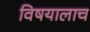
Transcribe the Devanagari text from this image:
विषयालाच